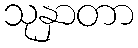
သုနှာတာ